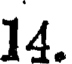
14.